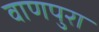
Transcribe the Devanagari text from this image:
वाणपुरा